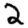
Digit: 2